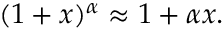
( 1 + x ) ^ { \alpha } \approx 1 + \alpha x .